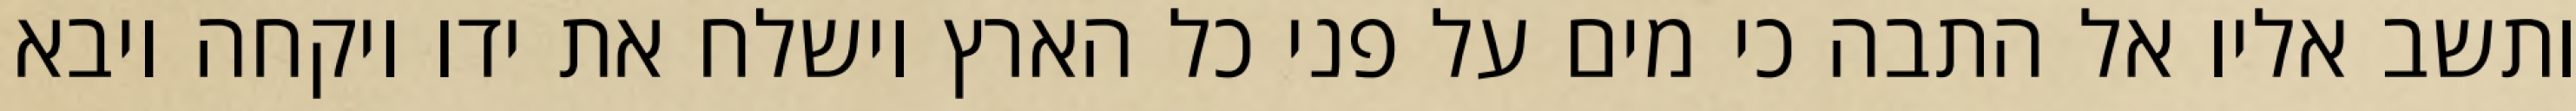
ותשב אליו אל התבה כי מים על פני כל הארץ וישלח את ידו ויקחה ויבא